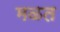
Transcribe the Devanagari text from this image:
मळत